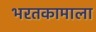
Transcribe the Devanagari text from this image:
भरतकामाला